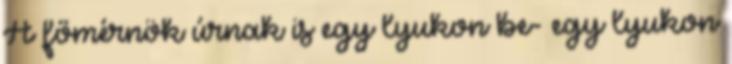
A főmérnök úrnak is egy lyukon be- egy lyukon